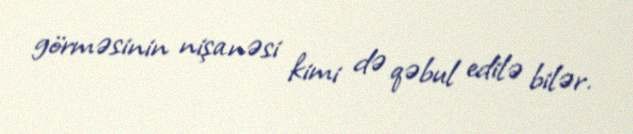
görməsinin nişanəsi kimi də qəbul edilə bilər.